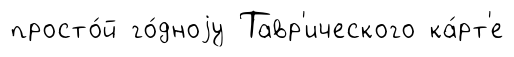
просто́й го́дноjу Тавр'ического ка́рт'е